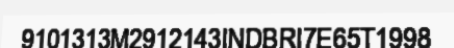
9101313M2912143INDBRI7E65T1998